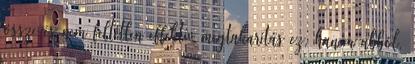
össze és nem feltétlen effektív megtakarítás ez, hanem abból,